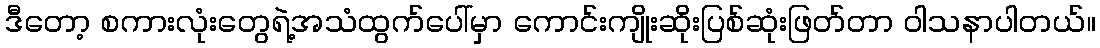
ဒီတော့ စကားလုံးတွေရဲ့အသံထွက်ပေါ်မှာ ကောင်းကျိုးဆိုးပြစ်ဆုံးဖြတ်တာ ဝါသနာပါတယ်။